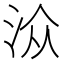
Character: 𱦏